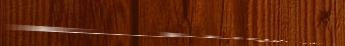
مركز تعليم الموسيقى: دروس